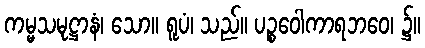
ကမ္မသမုဋ္ဌာနံ၊ သော။ ရူပံ၊ သည်။ ပဉ္စဝေါကာရဘဝေ၊ ၌။